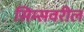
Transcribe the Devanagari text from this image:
सिम्सवरील